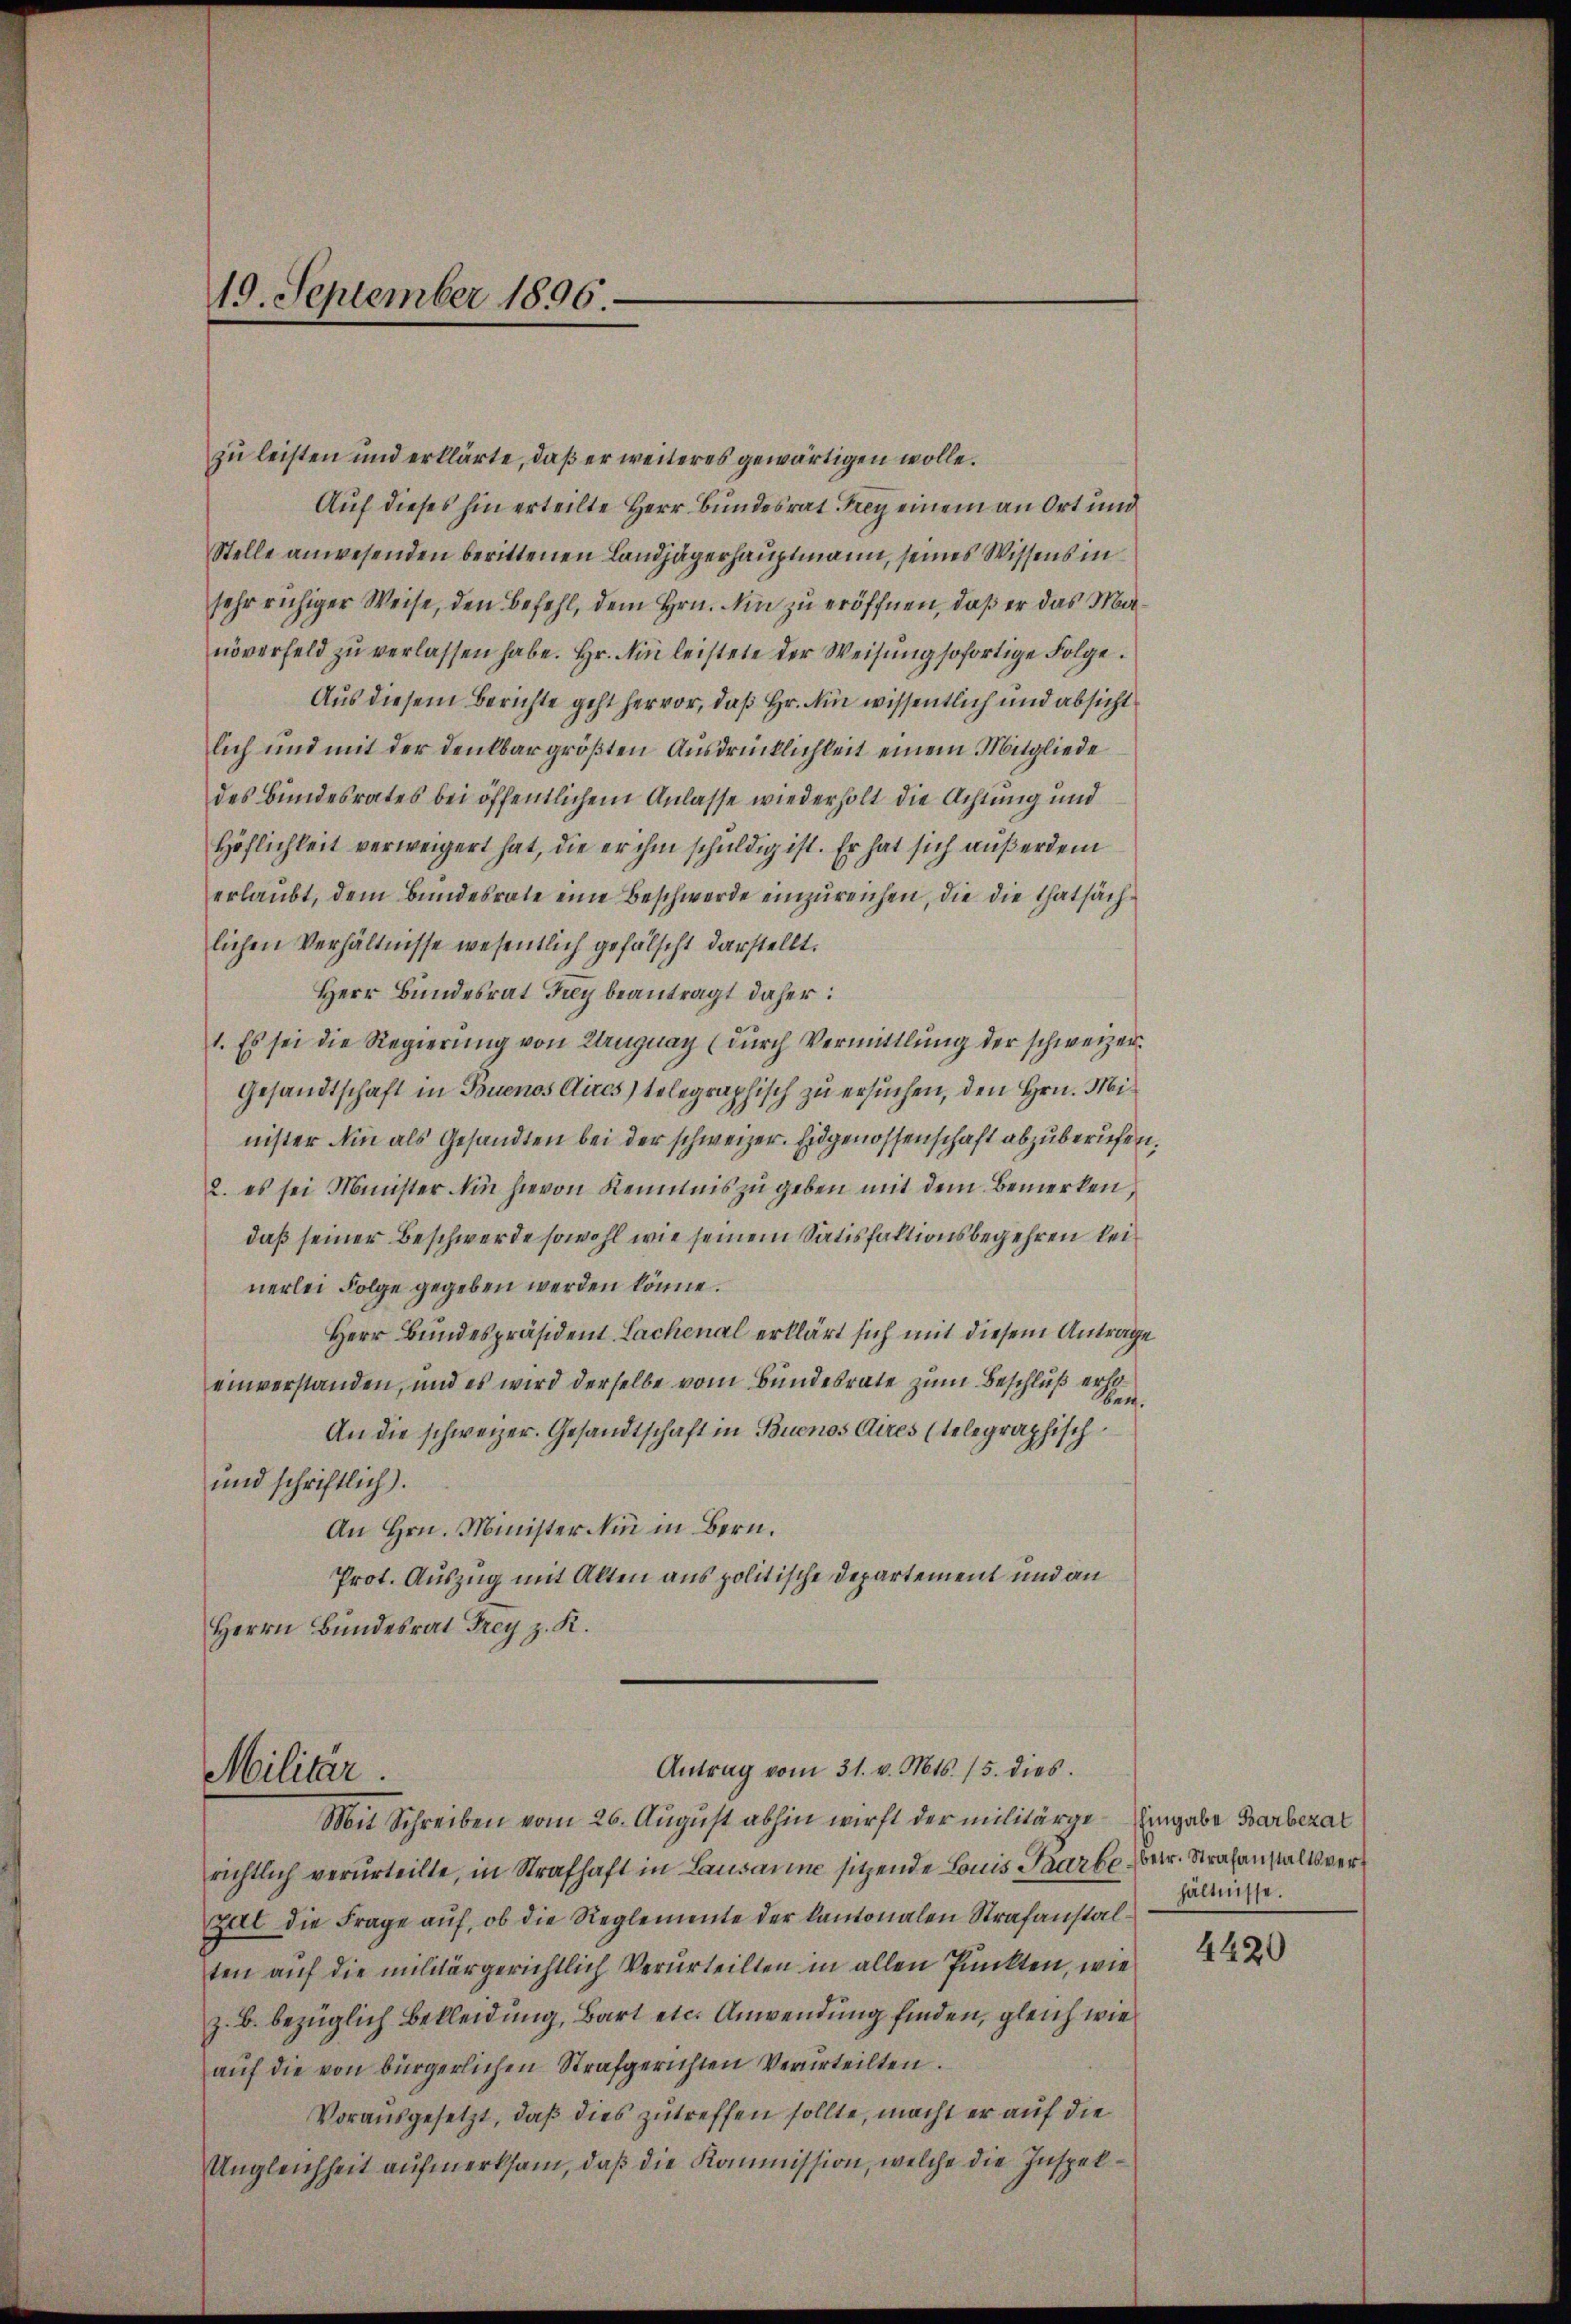
19. September 1896.

Militär.

zu leisten und erklärte, daß er weiteres gewärtigen wolle.
Auf dieses hin erteilte Herr Bundesrat Frey einem an Ort und
Stelle anwesenden berittenen Landjägerhauptmann, seines Wissens in
sehr ruhiger Weise, den Befehl, dem Hrn. Ain zu eröffnen, daß er das Manöverfeld zŭ verlassen habe. Hr. Ain leistete der Weisung sofortige Folge.
Aus diesem Berichte geht hervor, daß Hr. Ain wissentlich und absicht
lich und mit der denkbar größten Ausdrücklichkeit einem Mitgliede
des Bundesrates bei öffentlichem Anlasse wiederholt die Achtung und
Höflichkeit verweigert hat, die er ihm schuldig ist. Er hat sich außerdem
erlaubt, dem Bundesrate eine Beschwerde einzureichen, die die Thatsächlichen Verhältnisse wesentlich gefälscht darstellt.
Herr Bundesrat Frey beantragt daher:
1. Es sei die Regierung von Uruguay (durch Vermittlung der schweizer¬
Gesandtschaft in Buenos Aires) telegraphisch zu ersuchen, den Hrn. Minister Ain als Gesandten bei der schweizer. Eidgenossenschaft abzuberufen.
2. es sei Minister in hievon Kenntnis zu geben mit dem Bemerken,
daß seiner Beschwerde sowohl wie seinem Satisfaktionsbegehren lei
nerlei Folge gegeben werden könne.
Herr Bundespräsident Lachenal erklärt sich mit diesem Anträge
einverstanden, und es wird derselbe vom Bundesrate zum Beschluß erhoben.
An die schweizer. Gesandtschaft in Buenos Aires telegraphisch
und schriftlich).
An Hrn. Minister in in Bern.
Prot. Auszug mit Alten aus politische Departement und an
Herrn Bundesrat Frey z. K.

Antrag vom 31. v. Mts. 15. dies

Mit Schreiben vom 26. August abhin wirft der militärge- Eingabe Barbezal
richtlich verurteilte, in Strafhaft in Lausanne sitzende Louis Paarbe betr. Strafanstaltsvergat die Frage auf, ob die Reglemente der kantonalen Strafanstalten auf die militärgerichtlich Verurteilten in allen Punkten, wie
z. B. bezüglich Bekleidung, Bart etc. Anwendung finden, gleich wie
aŭf die von bürgerlichen Strafgerichten Verurteilten.
Vorausgesetzt, daß dies zutreffen sollte, macht er auf die
Ungleichheit aufmerksam, daß die Kommission, welche die Inspek¬

hältnisse.

4420